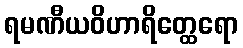
ရမဏီယဝိဟာရိတ္ထေရော